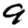
Digit: 9